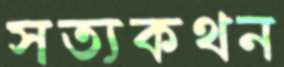
সত্যকথন